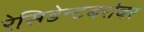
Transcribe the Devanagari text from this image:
रेसिडेन्टबरोबर